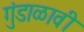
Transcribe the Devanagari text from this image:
गुंडाळावी